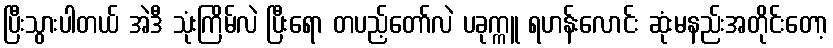
ပြီးသွားပါတယ် အဲဒီ သုံးကြိမ်လဲ ပြီးရော တပည့်တော်လဲ ပခုက္ကူ ရဟန်းလောင်း ဆုံးမနည်းအတိုင်းတော့